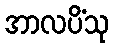
အာလပိံသု